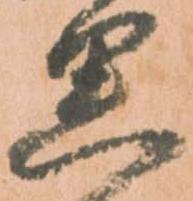
思